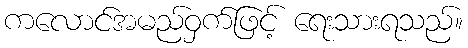
ကလောင်အမည်ဝှက်ဖြင့် ရေးသားရသည်။